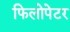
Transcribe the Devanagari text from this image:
फिलोपेटर